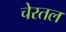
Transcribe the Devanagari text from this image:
चेरतल